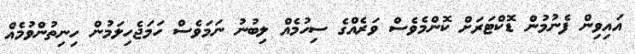
އައިވިން ފެނުމުން ޑޮކްޓަރަށް ކޮންމެވެސް ވަރެއްގެ ސިހުމެއް ލިބުނު ނަމަވެސް ހަމަޖެހިލަމުން ހިނިތުންވުމެއް